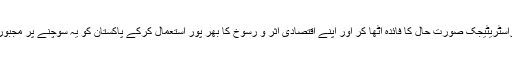
پہلی سفارش میں حکومت کو بتایا گیا ہے کہ وہ موجودہ عالمی سیاسی اوراسٹریٹیجک صورت حال کا فائدہ اٹھا کر اور اپنے اقتصادی اثر و رسوخ کا بھر پور استعمال کرکے پاکستان کو یہ سوچنے پر مجبور کردے کہ کشیدگی اور تنازعات کو ہوا دینا کسی کے مفاد میں نہیں ہے۔